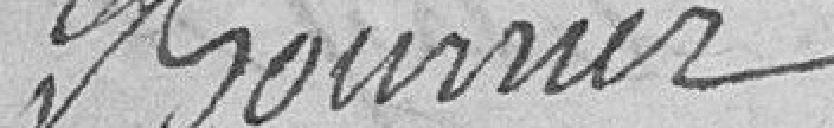
Bourrier